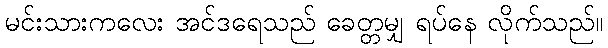
မင်းသားကလေး အင်ဒရေသည် ခေတ္တမျှ ရပ်နေ လိုက်သည်။